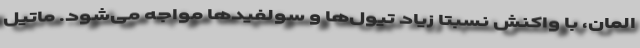
المان، با واکنش نسبتا زیاد تیول‌ها و سولفیدها مواجه می‌شود. ماتیل